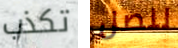
تكذب لنصل